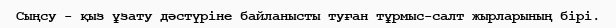
Сыңсу - қыз ұзату дәстүріне байланысты туған тұрмыс-салт жырларының бірі.